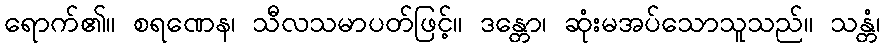
ရောက်၏။ စရဏေန၊ သီလသမာပတ်ဖြင့်။ ဒန္တော၊ ဆုံးမအပ်သောသူသည်။ သန္တံ၊